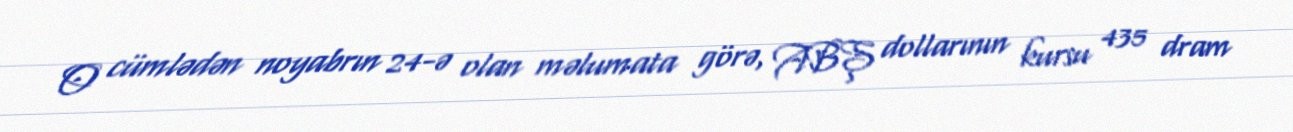
O cümlədən noyabrın 24-ə olan məlumata görə, ABŞ dollarının kursu 435 dram